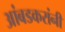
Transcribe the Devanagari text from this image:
आंबडकरांनी